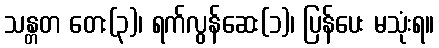
သန္တတ တေး(၃)၊ ရက်လွန်ဆေး(၁)၊ ပြန်ပေး မသုံးရ။